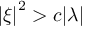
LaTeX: \left| \xi \right| ^ { 2 } > c | \lambda |